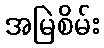
အမြဲစိမ်း